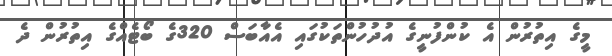
މީގެ އިތުރުން އެ ކުންފުނީގެ އުދުހުންތަކުގައި އެއާބަސް 320ގެ ބޯޓެއްގެ އިތުރުން ދެ